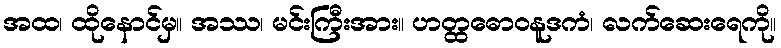
အထ၊ ထိုနောင်မှ။ အဿ၊ မင်းကြီးအား။ ဟတ္ထဓောဝနူဒကံ၊ လက်ဆေးရေကို။